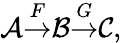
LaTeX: {\mathcal{A}}{\stackrel{F}{\rightarrow}}{\mathcal{B}}{\stackrel{G}{\rightarrow}}{\mathcal{C}},